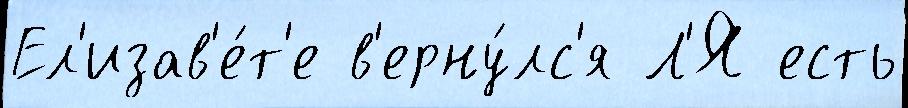
Ел'изав'е́т'е в'ерну́лс'я Л'Я есть